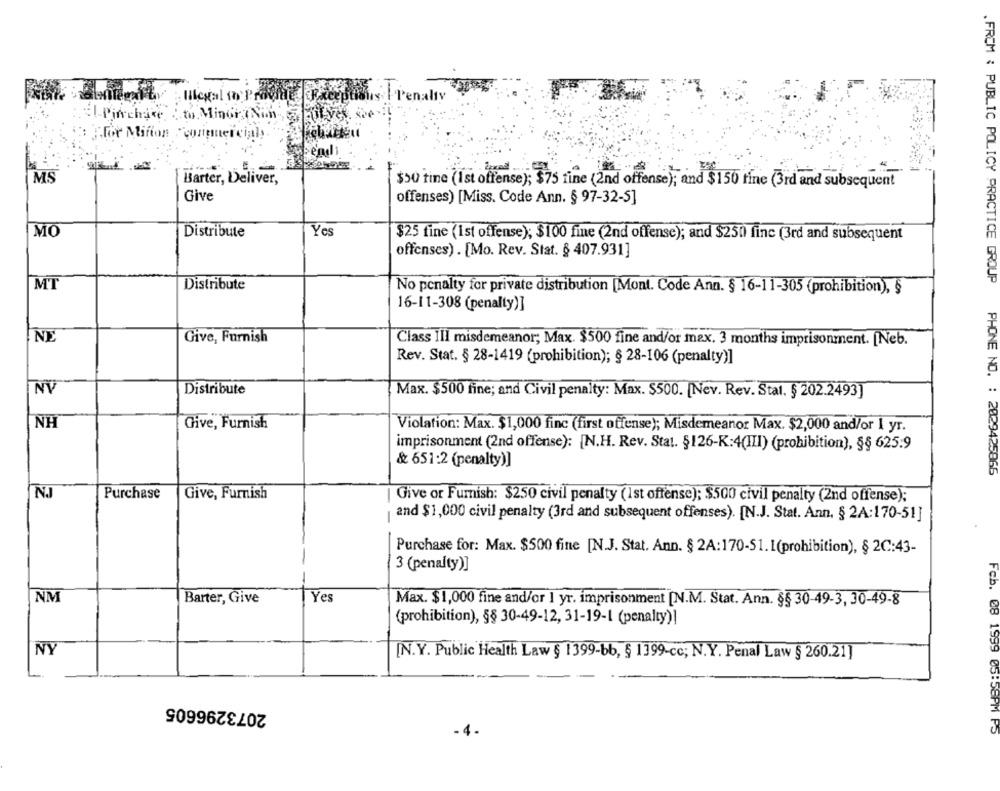
Illegal ( Probiat
taux | Penalty
El-Pinchace : to. Minor (Nich,
Flor Minion "coninercial
MS
Barter, Deliver,
$30 time (1 st offense); $75 fine (2nd offense); and $150 fine (3rd and subsequent
Give
offenses) [Miss. Code Ann. § 97-32-5]
MO
Distribute
Yes
$25 fine (1st offense); $100 fine (2nd offense); and $250 fine (3rd and subsequent
offenses) . [Mo. Rev. Stat. § 407.931]
MT
Distribute
.FROM : PUBLIC POLICY PRACTICE GROUP
No penalty for private distribution [Mont. Code Ann. § 16-11-305 (prohibition), §
16-11-308 (penalty)]
NE
Give, Furnish
Class III misdemeanor; Max. $500 fine and/or max. 3 months imprisonment. [Neb.
Rev. Stat. § 28-1419 (prohibition); § 28-106 (penalty)]
NV
Distribute
Max. $500 fine; and Civil penalty: Max. $500. [Nev. Rev. Stal. § 202.2493]
NH
Give, Furnish
Violation: Max. $1,000 finc (first offense); Misdemeanor Max. $2,000 and/or 1 yr.
imprisonment (2nd offense): [N.H. Rev. Stat. §126-K:4(III) (prohibition), §§ 625:9
& 651:2 (penalty)]
PHONE NO. : 2029425866
NJ
Purchase
Give, Furnish
| Give or Furnish: $250 civil penalty (1st offense); $500 civil penalty (2nd offense);
and $1,000 civil penalty (3rd and subsequent offenses). [N.J. Stat. Ann. § 2A:170-51]
Purchase for: Max. $500 fine [N.J. Stat. Ann. § 2A:170-51.1(prohibition), § 2C:43-
3 (penalty)]
NM
Barter, Give
Yes
Max. $1,000 fine and/or 1 yr. imprisonment [N.M. Stat. Ann. §§ 30-49-3, 30-49-8
(prohibition), §§ 30-49-12, 31-19-1 (penalty)!
NY
[N.Y. Public Health Law § 1399-bb, § 1399-cc; N.Y. Penal Law § 260.21]
2073296605
Fcb. 08 1999 05:58PM FJ